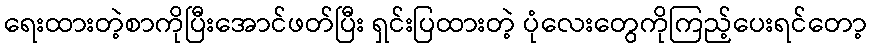
ရေးထားတဲ့စာကိုပြီးအောင်ဖတ်ပြီး ရှင်းပြထားတဲ့ ပုံလေးတွေကိုကြည့်ပေးရင်တော့